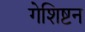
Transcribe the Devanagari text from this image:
गेशिष्टन